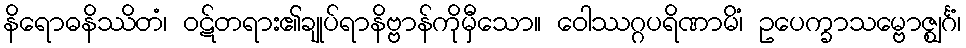
နိရောဓနိဿိတံ၊ ဝဋ်တရား၏ချုပ်ရာနိဗ္ဗာန်ကိုမှီသော။ ဝေါဿဂ္ဂပရိဏာမိံ၊ ဥပေက္ခာသမ္ဗောဇ္ဈင်္ဂံ၊